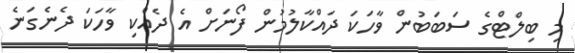
މި ބިލްޓްގެ ސަބަބުން ވާހަކަ ދައްކާލުމުން ފޯނަށް އެ ދެއްކި ވާހަކަ ދެނެގަނެ